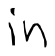
Text: in
Cross-out: clean
Writing tool: digital_black